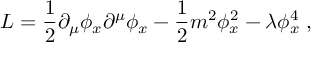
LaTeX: { \cal L } = { \frac { 1 } { 2 } } \partial _ { \mu } \phi _ { x } \partial ^ { \mu } \phi _ { x } - { \frac { 1 } { 2 } } m ^ { 2 } \phi _ { x } ^ { 2 } - \lambda \phi _ { x } ^ { 4 } \; ,